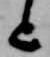
歟